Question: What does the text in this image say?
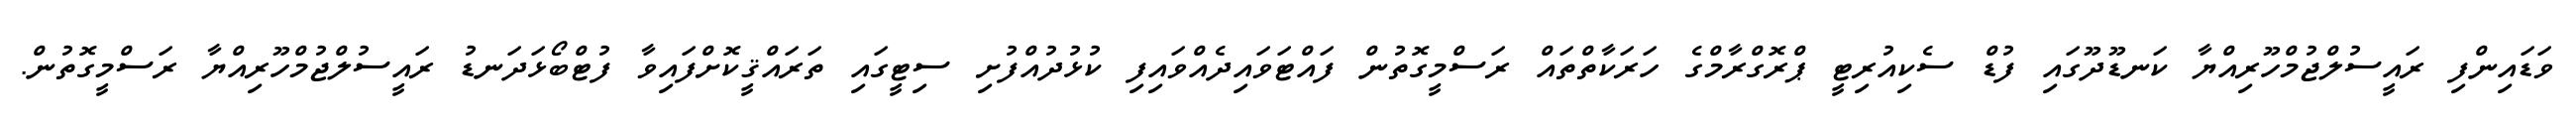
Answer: ވަޑައިންފި ރައީސުލްޖުމްހޫރިއްޔާ ކަނޑޫދޫގައި ފުޑް ސެކިއުރިޓީ ޕްރޮގްރާމްގެ ހަރަކާތްތައް ރަސްމީގޮތުން ފައްޓަވައިދެއްވައިފި ކުޅުދުއްފުށި ސިޓީގައި ތަރައްޤީކޮށްފައިވާ ފުޓްބޯޅަދަނޑު ރައީސުލްޖުމްހޫރިއްޔާ ރަސްމީގޮތުން.